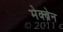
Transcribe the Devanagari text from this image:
मेक्ब्रेन